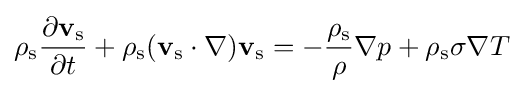
\rho _{\rm {s}}{\frac {\partial \mathbf {v} _{\rm {s}}}{\partial t}}+\rho _{\rm {s}}(\mathbf {v} _{\rm {s}}\cdot \nabla )\mathbf {v} _{\rm {s}}=-{\frac {\rho _{\rm {s}}}{\rho }}\nabla p+\rho _{\rm {s}}\sigma \nabla T